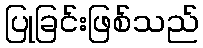
ပြုခြင်းဖြစ်သည်